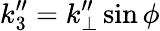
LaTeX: k_{3}^{\prime\prime}=k_{\perp}^{\prime\prime}\sin\phi